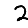
Digit: 2